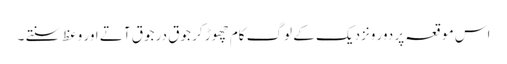
اس موقعہ پر دور ونزدیک کے لوگ کام چھوڑ کر جوق در جوق آتے اور وعظ سنتے ۔